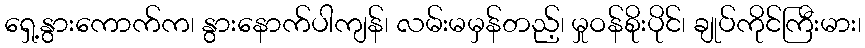
ရှေ့နွားကောက်က၊ နွားနောက်ပါကျန်၊ လမ်းမမှန်တည့်၊ မှုဝန်စိုးပိုင်၊ ချုပ်ကိုင်ကြီးမား၊